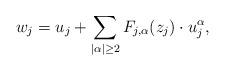
LaTeX: \begin{align*}w_j=u_j+\sum_{|\alpha|\geq 2}F_{j, \alpha}(z_j)\cdot u_j^\alpha, \end{align*}